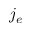
j _ { e }